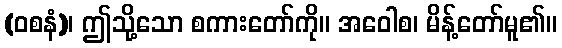
(ဝစနံ)၊ ဤသို့သော စကားတော်ကို။ အဝေါစ၊ မိန့်တော်မူ၏။